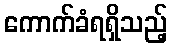
ကောက်ခံရရှိသည့်